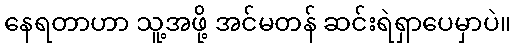
နေရတာဟာ သူ့အဖို့ အင်မတန် ဆင်းရဲရှာပေမှာပဲ။